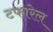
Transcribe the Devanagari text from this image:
टफारेल